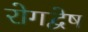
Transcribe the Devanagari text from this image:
रोगद्वेष